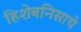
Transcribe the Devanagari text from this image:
हिशेबनिसाचे